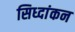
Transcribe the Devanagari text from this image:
सिध्दांकन